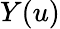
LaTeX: Y(u)